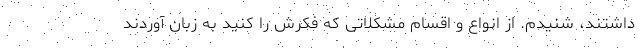
داشتند، شنیدم. از انواع و اقسام مشکلاتی که فکرش را کنید به زبان آوردند